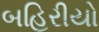
બહિરીયો